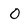
Character: O